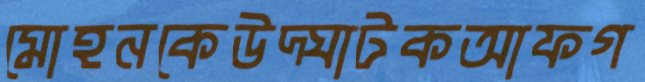
মোহনকেউদ্ঘাটকআফগ